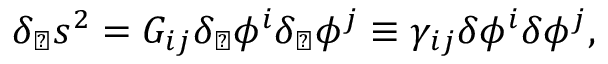
\delta _ { \perp } s ^ { 2 } = G _ { i j } \delta _ { \perp } \phi ^ { i } \delta _ { \perp } \phi ^ { j } \equiv \gamma _ { i j } \delta \phi ^ { i } \delta \phi ^ { j } ,